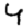
Digit: 4